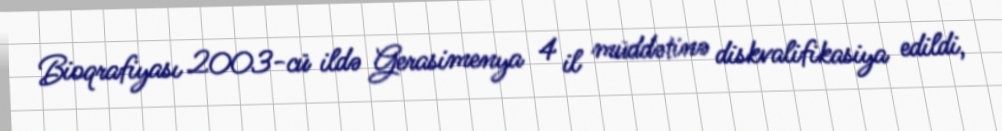
Bioqrafiyası 2003-cü ildə Gerasimenya 4 il müddətinə diskvalifikasiya edildi,